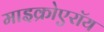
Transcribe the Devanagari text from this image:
माइक्रोएरॉय